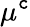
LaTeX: \mu^{\mathtt{c}}